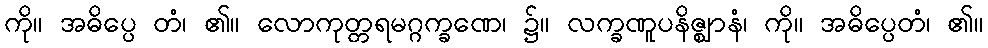
ကို။ အဓိပ္ပေ တံ၊ ၏။ လောကုတ္တရမဂ္ဂက္ခဏေ၊ ၌။ လက္ခဏူပနိဇ္ဈာနံ၊ ကို။ အဓိပ္ပေတံ၊ ၏။